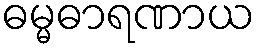
ဓမ္မဓာရဏာယ